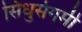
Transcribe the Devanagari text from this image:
सिंधुसंगमीं